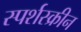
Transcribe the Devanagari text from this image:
स्पर्शस्क्रीन